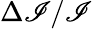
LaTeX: \Delta\mathscr{I}/\mathscr{I}